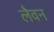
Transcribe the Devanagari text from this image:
लैवन